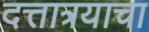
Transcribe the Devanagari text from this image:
दत्तात्रयाचा